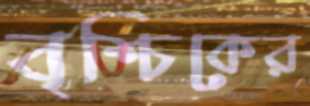
বৃশ্চিকের